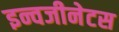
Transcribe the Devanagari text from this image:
इन्वजीनेटस